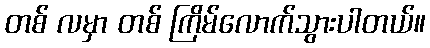
တစ် လမှာ တစ် ကြိမ်လောက်သွားပါတယ်။